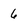
Character: 6